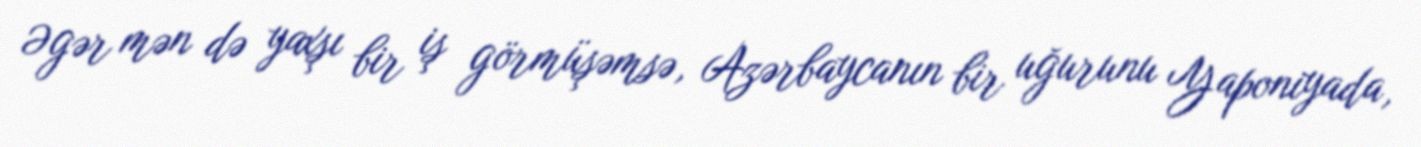
Əgər mən də yaxşı bir iş görmüşəmsə, Azərbaycanın bir uğurunu Yaponiyada,